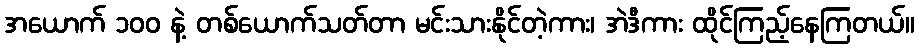
အယောက် ၁၀၀ နဲ့ တစ်ယောက်သတ်တာ မင်းသားနိုင်တဲ့ကား၊ အဲဒီကား ထိုင်ကြည့်နေကြတယ်။